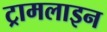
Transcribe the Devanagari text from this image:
ट्रामलाइन